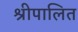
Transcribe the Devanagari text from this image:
श्रीपालित